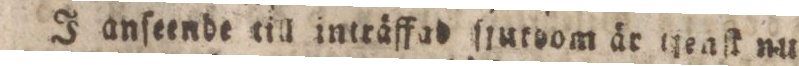
J anſeende till intråffad ſjutdom år tjeaſt nu